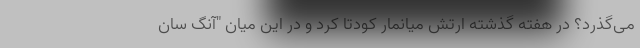
می‌گذرد؟ در هفته گذشته ارتش میانمار کودتا کرد و در این میان "آنگ سان